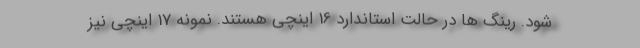
شود. رینگ ها در حالت استاندارد 16 اینچی هستند. نمونه 17 اینچی نیز